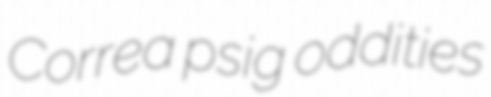
Correa psig oddities